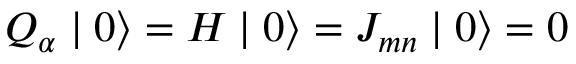
Q _ { \alpha } \mid 0 \rangle = H \mid 0 \rangle = J _ { m n } \mid 0 \rangle = 0